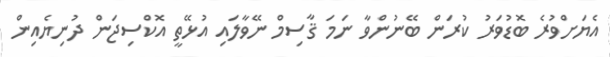
އެޔަށްވުރެ ބޮޑުވަރު ކުރަން ބޭނުންވާ ނަމަ ޤާސިމް ނޭވާލައި އުޅޭތީ އޮކްސިޖަން ދުނިޔެއިން